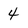
Character: 4